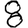
Digit: 8